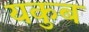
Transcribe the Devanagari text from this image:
यकुब